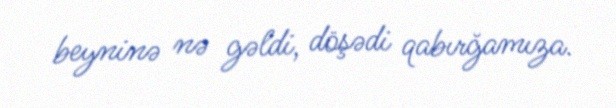
beyninə nə gəldi, döşədi qabırğamıza.